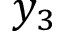
y _ { 3 }